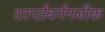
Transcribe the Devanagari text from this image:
शार्प्सबर्गनजीक